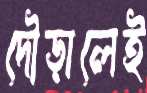
দৌড়ালেই